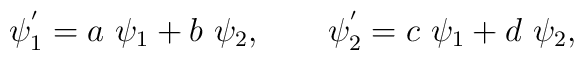
\psi_{1}^{'} = a~\psi_{1} + b~\psi_{2},~~~~~~\psi_{2}^{'} = c~\psi_{1} + d~\psi_{2},